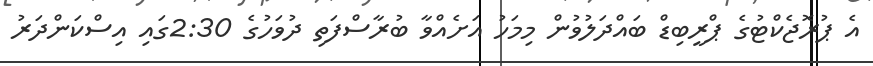
އެ ޕުރޮޖެކްޓުގެ ޕްރީބިޑް ބައްދަލުވުން މިމަހު އަށެއްވާ ބުރާސްފަތި ދުވަހުގެ 2:30ގައި އިސްކަންދަރު